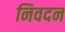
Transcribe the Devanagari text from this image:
निवदन